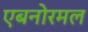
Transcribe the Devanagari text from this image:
एबनोरमल